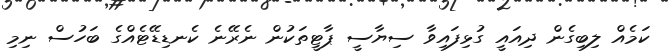
ކަމެއް ލިބިގެން ދިއައީ ގުޅިފައިވާ ސިޔާސީ ޕާޓީތަކުން ނެރޭނެ ކެނޑިޑޭޓެއްގެ ބަހުސް ނިމި